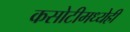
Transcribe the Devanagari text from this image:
कसोटीमध्येही